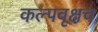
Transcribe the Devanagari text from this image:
कल्पवृक्षच